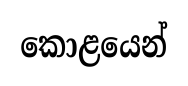
කොළයෙන්